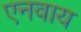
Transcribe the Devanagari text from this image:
एनवाय